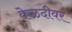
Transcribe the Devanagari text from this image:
केळदीवर